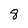
Character: 8